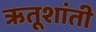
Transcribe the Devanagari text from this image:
ऋतूशांती